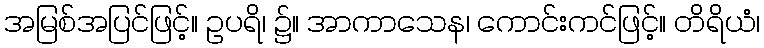
အမြစ်အပြင်ဖြင့်။ ဥပရိ၊ ၌။ အာကာသေန၊ ကောင်းကင်ဖြင့်။ တိရိယံ၊